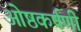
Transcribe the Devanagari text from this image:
ओष्ठकर्षणी